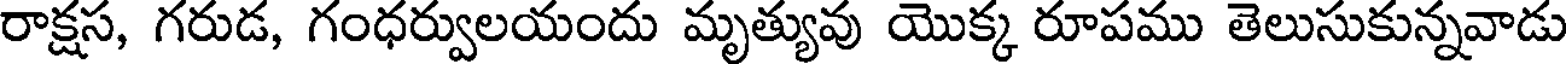
రాక్షస, గరుడ, గంధర్వులయందు మృత్యువు యొక్క రూపము తెలుసుకున్నవాడు